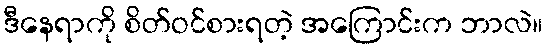
ဒီနေရာကို စိတ်ဝင်စားရတဲ့ အကြောင်းက ဘာလဲ။